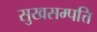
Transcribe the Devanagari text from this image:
सुखसम्पत्ति